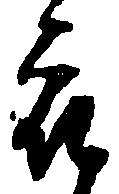
被